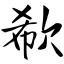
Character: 欷